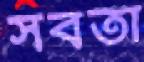
সবতা